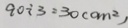
9 0 \div 3 = 3 0 ( c m ^ { 2 } )